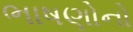
ભાષણોનો